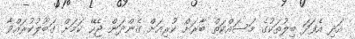
އަދި އެފަދަ ބިލުތަކުގެ މަސައްކަތް ބާރަށް ކުރިއަށް ގެންދަން ޖެހޭ ކަމަށް ގަބޫލުކުރައްވާ